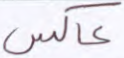
عاكس